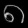
Digit: ၈